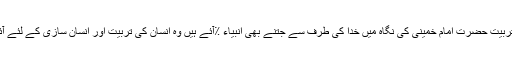
تعلیم وتربیّت حضرت امام خمینی کی نگاہ میں خدا کی طرف سے جتنے بھی انبیاء ٪آئے ہیں وہ انسان کی تربیّت اور انسان سازی کے لئے آئے ہیں۔